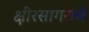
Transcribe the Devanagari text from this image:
क्षीरसागराचे